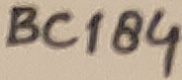
Text: BC184